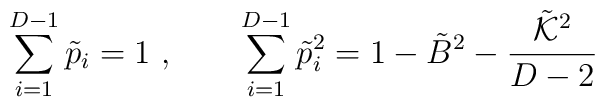
\sum_{i=1}^{D-1} \tilde{p}_i = 1 \ , \qquad \sum_{i=1}^{D-1} \tilde{p}_i^2 = 1 - \tilde{B}^2 - \frac{\tilde{{\cal K}}^2}{D-2}